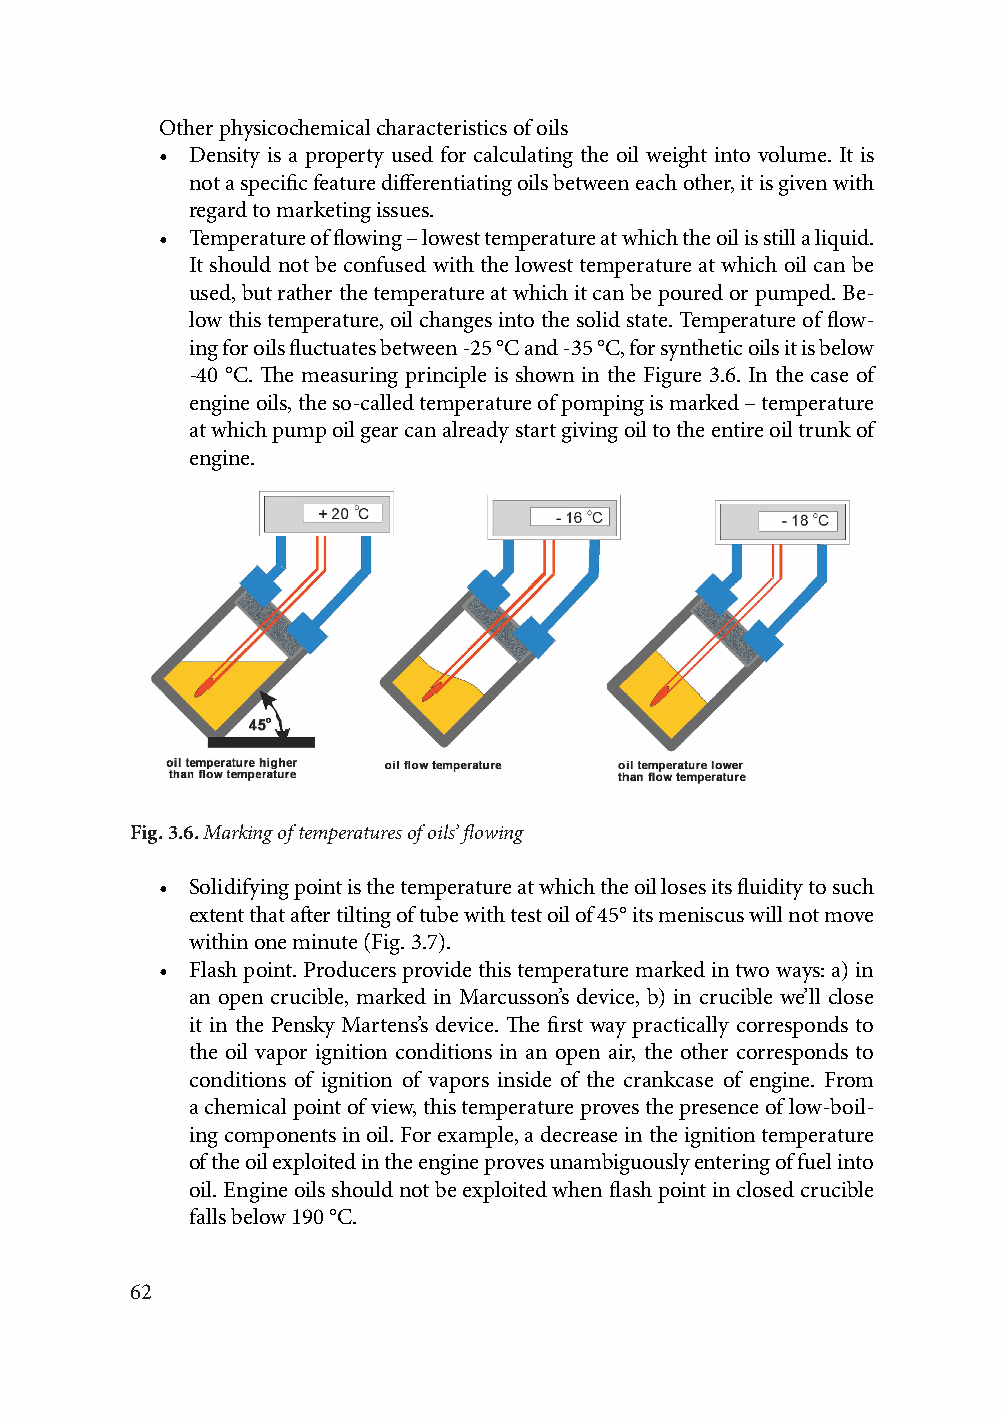
Other physicochemical characteristics of oils
 • Density is a property used for calculating the oil weight into volume. It is
 not a specific feature differentiating oils between each other, it is given with
 regard to marketing issues.
 • Temperature of flowing – lowest temperature at which the oil is still a liquid.
 It should not be confused with the lowest temperature at which oil can be
 used, but rather the temperature at which it can be poured or pumped. Be-
 low this temperature, oil changes into the solid state. Temperature of flow-
 ing for oils fluctuates between -25 °C and -35 °C, for synthetic oils it is below
 -40 °C. The measuring principle is shown in the Figure 3.6. In the case of
 engine oils, the so-called temperature of pomping is marked – temperature
 at which pump oil gear can already start giving oil to the entire oil trunk of
 engine.
 Fig. 3.6. Marking of temperatures of oils’ flowing
 • Solidifying point is the temperature at which the oil loses its fluidity to such
 extent that after tilting of tube with test oil of 45° its meniscus will not move
 within one minute (Fig. 3.7).
 • Flash point. Producers provide this temperature marked in two ways: a) in
 an open crucible, marked in Marcusson’s device, b) in crucible we’ll close
 it in the Pensky Martens’s device. The first way practically corresponds to
 the oil vapor ignition conditions in an open air, the other corresponds to
 conditions of ignition of vapors inside of the crankcase of engine. From
 a chemical point of view, this temperature proves the presence of low-boil-
 ing components in oil. For example, a decrease in the ignition temperature
 of the oil exploited in the engine proves unambiguously entering of fuel into
 oil. Engine oils should not be exploited when flash point in closed crucible
 falls below 190 °C.
 62